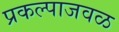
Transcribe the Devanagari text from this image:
प्रकल्पाजवळ